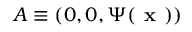
\boldsymbol { A } \equiv ( 0 , 0 , \Psi ( \textbf { x } ) )